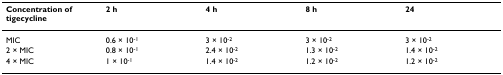
| Concentration of tigecycline | 2 h | 4 h | 8 h | 24 |
 | --- | --- | --- | --- | --- |
 | MIC | 0.6 × 10-1 | 3 × 10-2 | 3 × 10-2 | 3 × 10-2 |
 | 2 × MIC | 0.8 × 10-1 | 2.4 × 10-2 | 1.3 × 10-2 | 1.4 × 10-2 |
 | 4 × MIC | 1 × 10-1 | 1.4 × 10-2 | 1.2 × 10-2 | 1.2 × 10-2 |